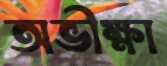
অভীক্ষা